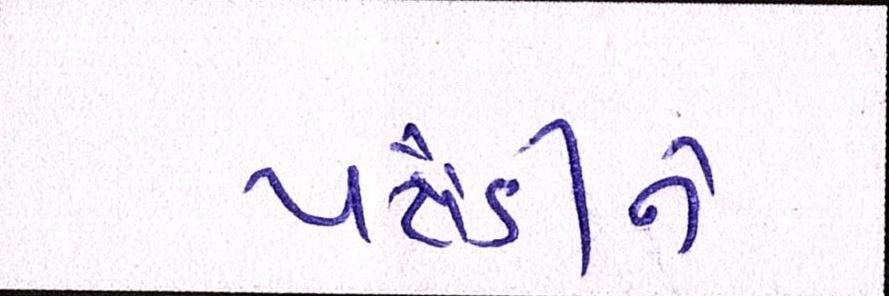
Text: પટૌડીને